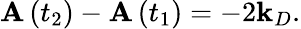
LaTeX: \mathbf{A}\left(t_{2}\right)-\mathbf{A}\left(t_{1}\right)=-2\mathbf{k}_{D}.